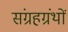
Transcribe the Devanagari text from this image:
संग्रहग्रंथों